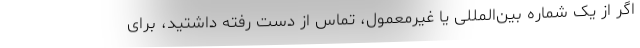
اگر از یک شماره بین‌المللی یا غیرمعمول، تماس از دست رفته داشتید، برای